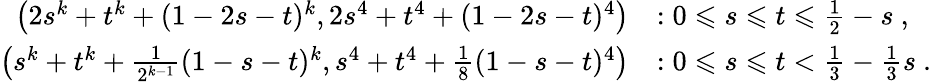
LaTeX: \begin{array}{rl}{\left(2s^{k}+t^{k}+(1-2s-t)^{k},2s^{4}+t^{4}+(1-2s-t)^{4}\right)}&{:0\leqslant s\leqslant t\leqslant\frac{1}{2}-s~,}\\ {\left(s^{k}+t^{k}+\frac{1}{2^{k-1}}(1-s-t)^{k},s^{4}+t^{4}+\frac{1}{8}(1-s-t)^{4}\right)}&{:0\leqslant s\leqslant t<\frac{1}{3}-\frac{1}{3}s~.}\end{array}